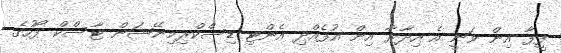
ފީފާ އިން ވަނީ އެ އިދާރާ އިން އުފެއްދި އެންޓި-ޑިސްކްރިމިނޭޝަން ޓާސްކް ފޯހުގެ